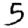
Digit: 5